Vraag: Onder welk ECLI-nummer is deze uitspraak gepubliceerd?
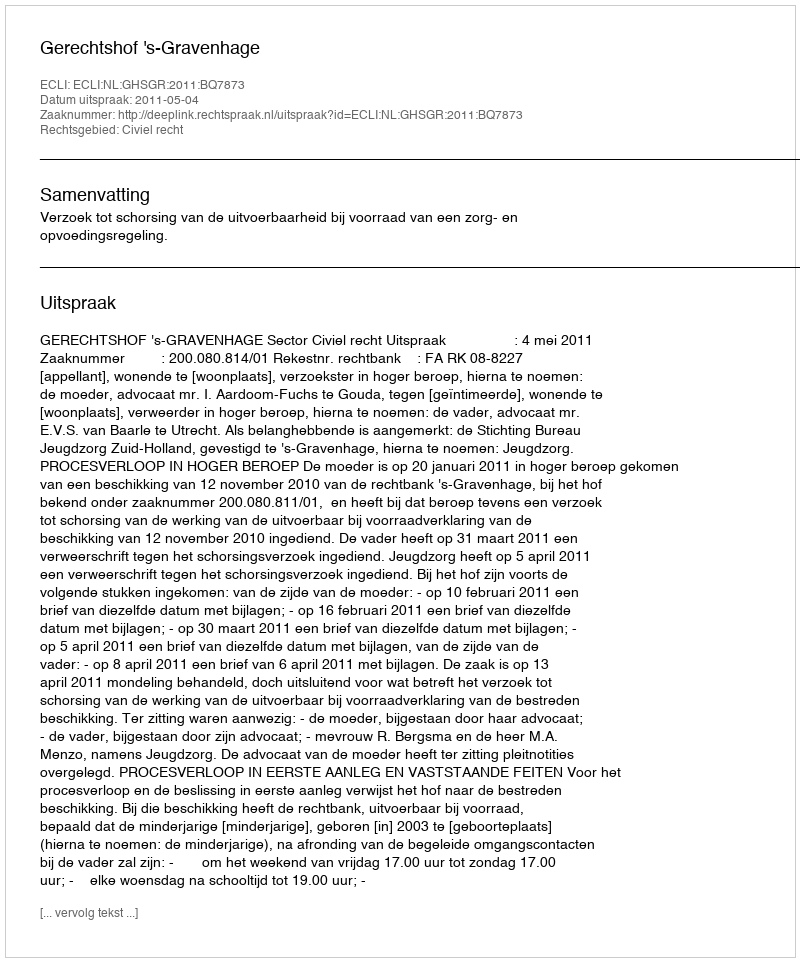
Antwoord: ECLI:NL:GHSGR:2011:BQ7873